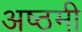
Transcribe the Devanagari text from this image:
अष्ठमी